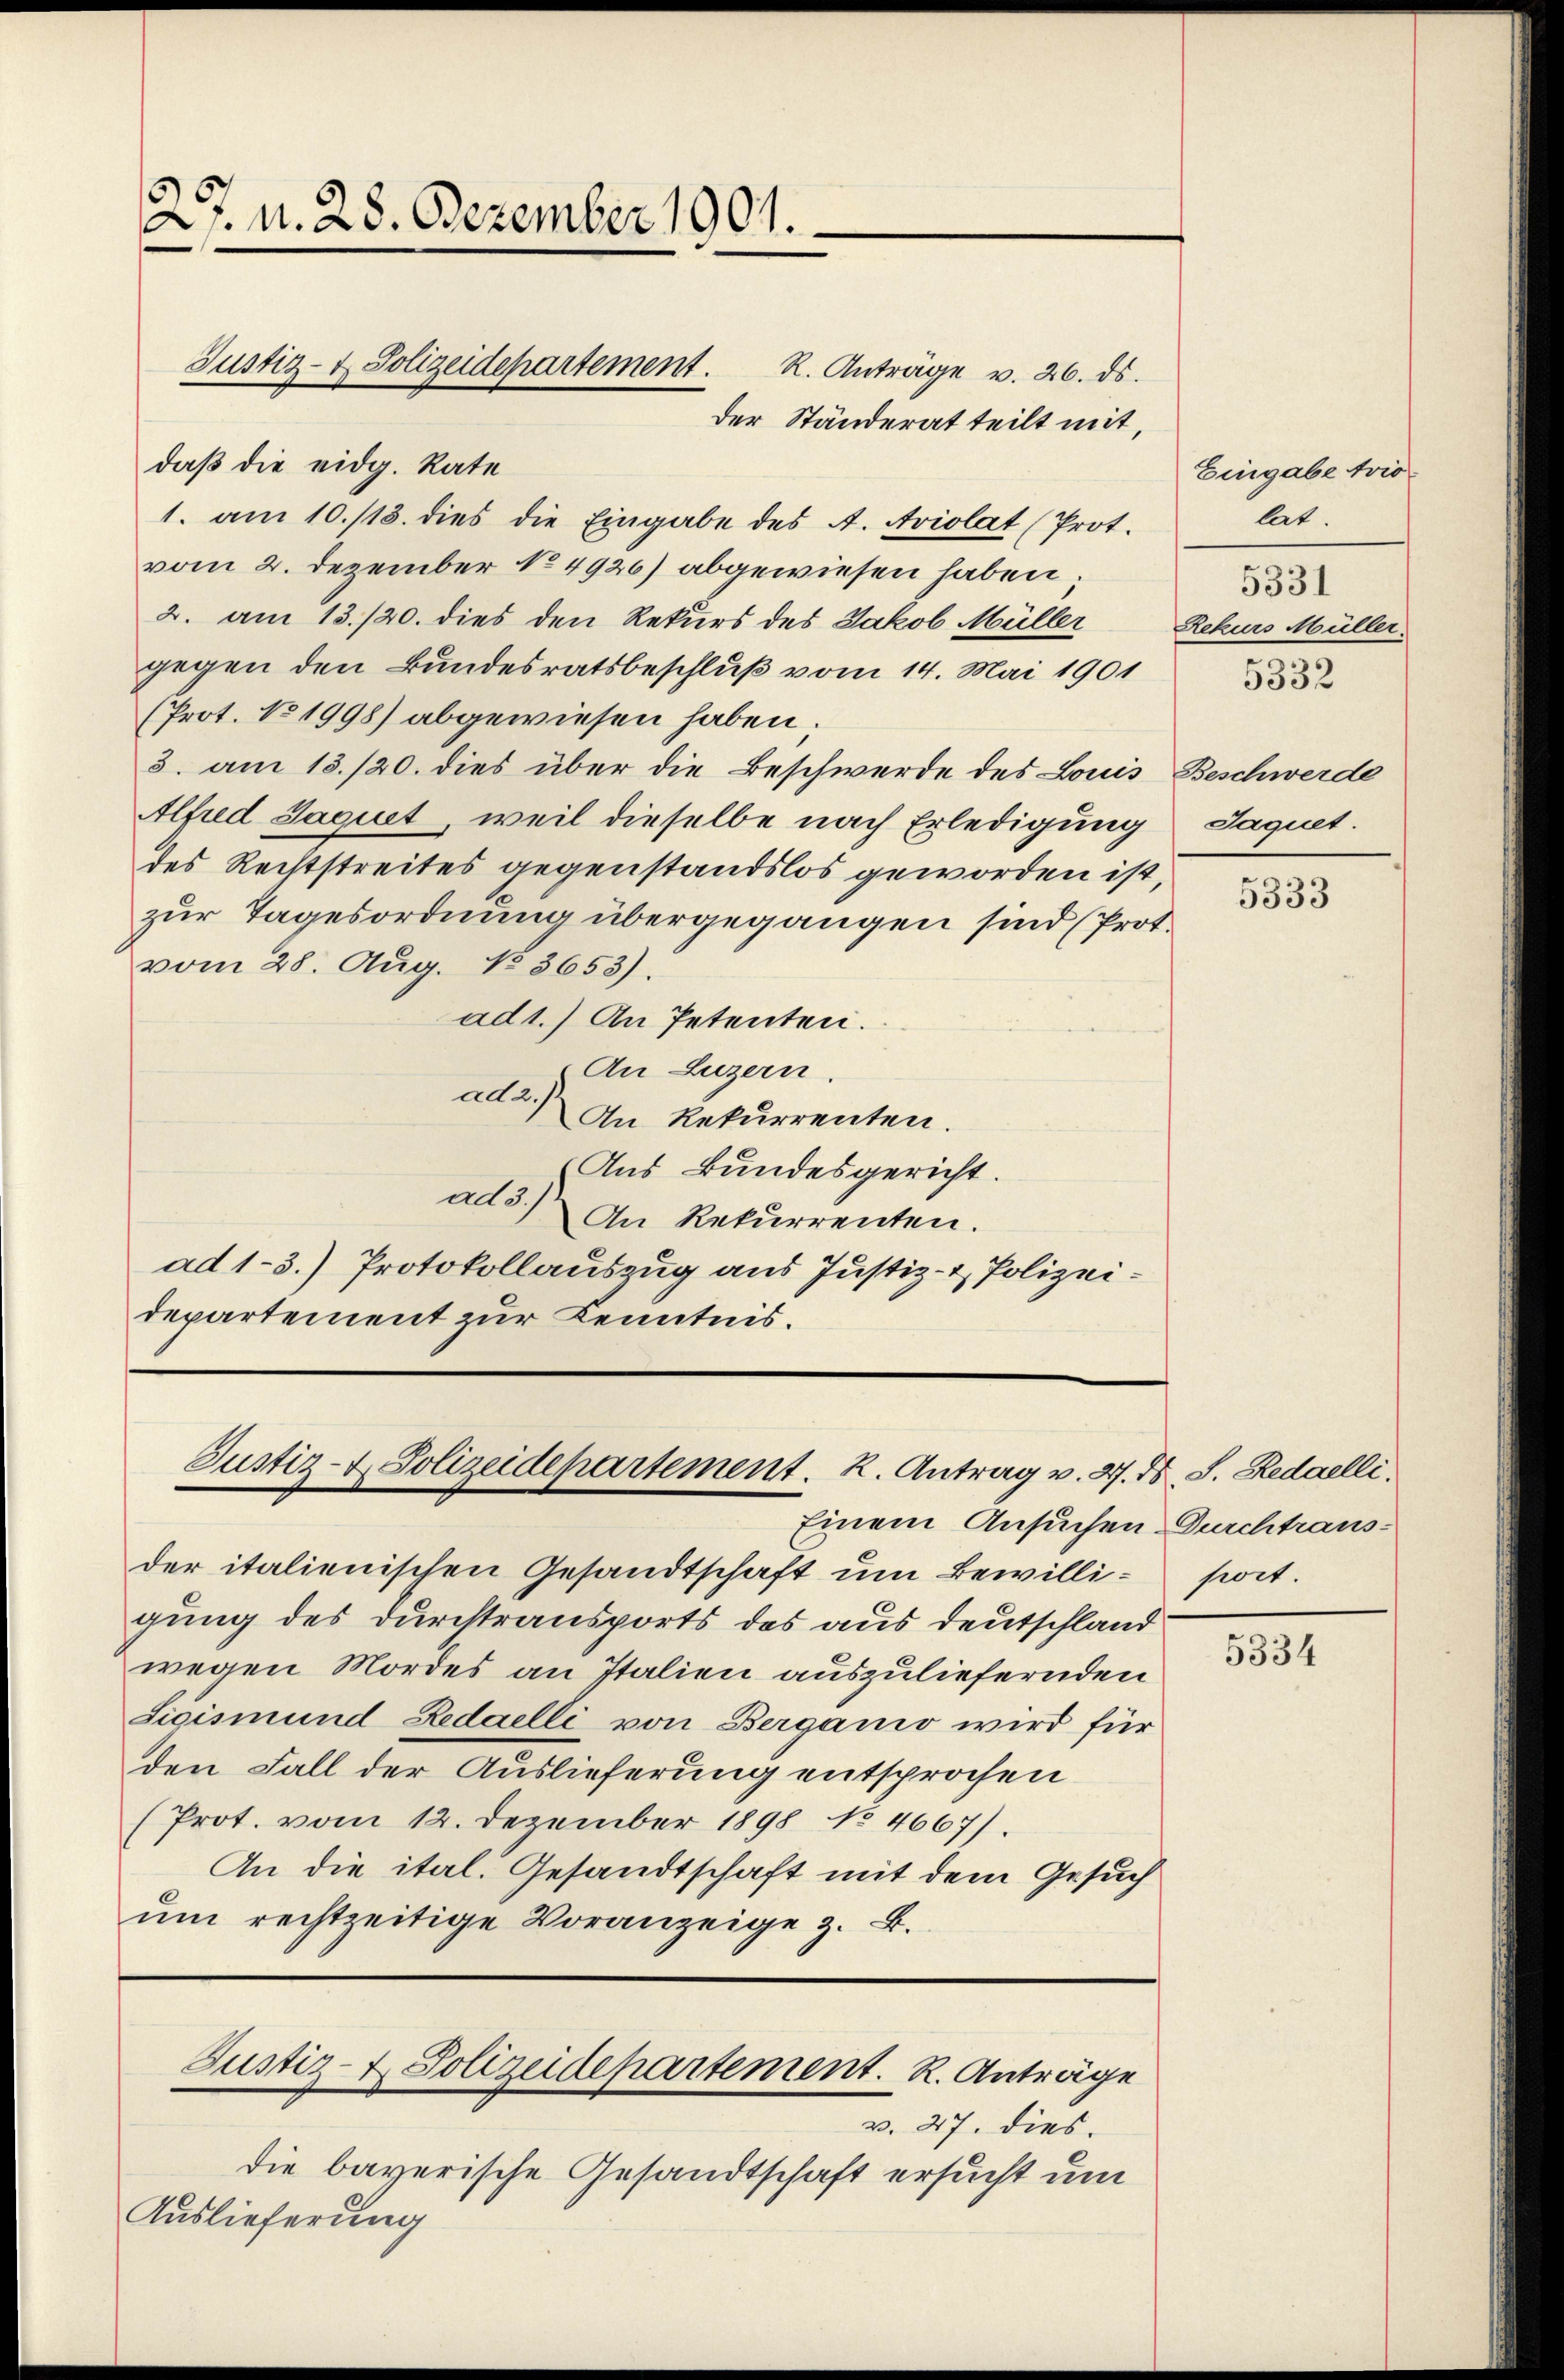
27. N. 28. Dezember 1901.

Justiz- & Polizeidepartement. R. Anträge v. 26. ds.

der Ständerat teilt mit,
daß die eidg. Rate
1. am 10./13. dies die Eingabe des A. Aviolat (Prot.
vom 2. Dezember No 4920) abgewiesen haben.
2. am 13./20. dies den Rekurs des Jakob Müller
gegen den Bundesratsbeschluß vom 14. Mai 1901
(Prot. No 1998) abgewiesen haben.
3. am 13./20. dies über die Beschwerde des Louis
Alfred Sagiret, weil dieselbe nach Erledigung
des Rechtstreites gegenstandslos geworden ist,
zur Tagesordnung übergegangen sind (Prot.
vom 28. Aug. No 3653).
ad1.) An Petenten.
An Luzern
adas
An Rekurrenten.
Aus Bundesgericht.
ado 14
An Rekurrenten.
ad 1-3.) Protokollauszug aus Justiz- & Polizeidepartement zur Kenntnis.

Justiz- & Polizeidepartement. K. Antrag v. 27. ds. S. Redaelli

Justiz- & Polizeidepartement. R. Anträge

Einem Ansuchen Durchtrausder italienischen Gesandtschaft um Bewilli- soit.
gung des Durchtransports des aus deutschland
wegen Mordes an Italien auszuliefernden
Sigismund Redaelli von Berganio wird für
den Fall der Auslieferung entsprochen
(Prot. vom 12. Dezember 1898 No 4667).
An die ital. Gesandtschaft mit dem Gesuch
ŭm rechtzeitige Voranzeige z. B.

Eingabe trio.
lat.
n
5331
Rekurs Müller.
5332
Beschwerde
Jaquet.

v. 27. dies
die bayerische Gesandtschaft ersucht um
Auslieferung

5333

5334